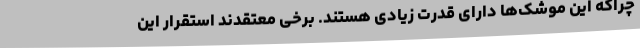
چراکه این موشک‌ها دارای قدرت زیادی هستند. برخی معتقدند استقرار این